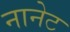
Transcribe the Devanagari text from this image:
नानेट